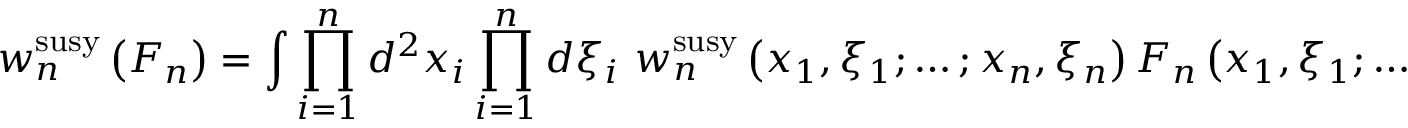
w _ { n } ^ { \mathrm { s u s y } } \left( F _ { n } \right) = \int \prod _ { i = 1 } ^ { n } d ^ { 2 } x _ { i } \prod _ { i = 1 } ^ { n } d \xi _ { i } \, \, w _ { n } ^ { \mathrm { s u s y } } \left( x _ { 1 } , \xi _ { 1 } ; \ldots ; x _ { n } , \xi _ { n } \right) F _ { n } \left( x _ { 1 } , \xi _ { 1 } ; \ldots ; x _ { n } , \xi _ { n } \right) \, \, .